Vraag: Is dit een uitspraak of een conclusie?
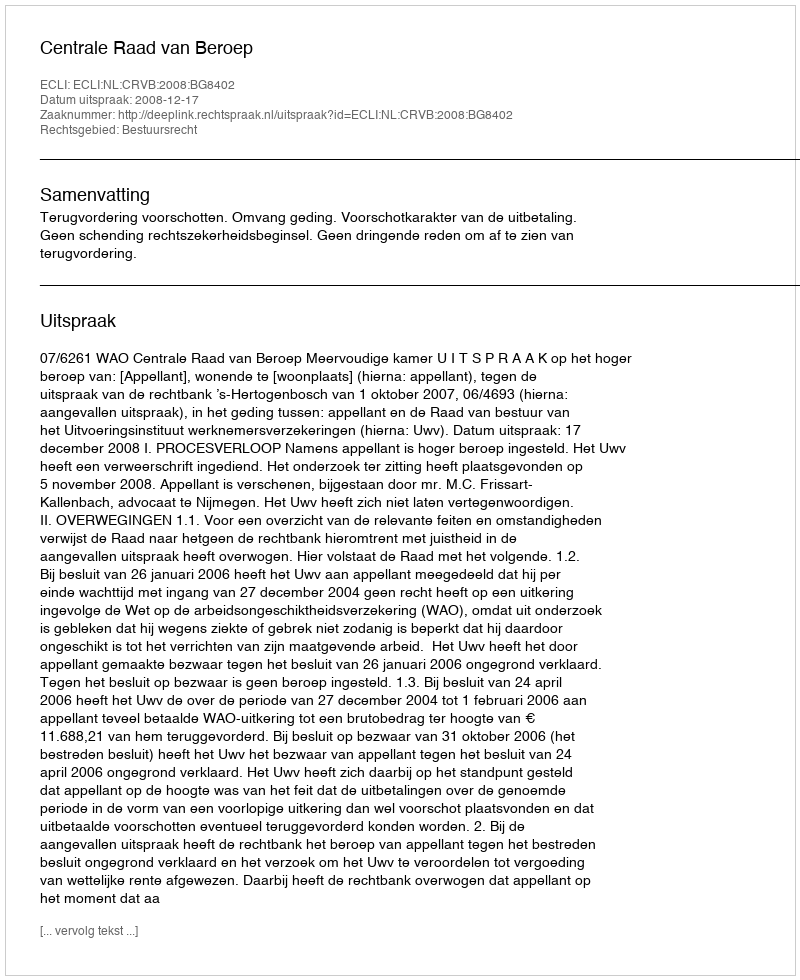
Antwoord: Uitspraak